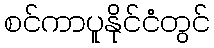
စင်ကာပူနိုင်ငံတွင်